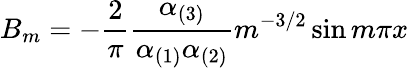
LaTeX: B_{m}=-{\frac{2}{\pi}}{\frac{\alpha_{(3)}}{\alpha_{(1)}\alpha_{(2)}}}m^{-3/2}\sin m\pi x